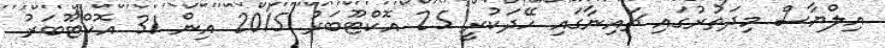
އިލްޔާސް މިދަތުރުގައި ޗައިނާގައި ހޭދަކުރީ 25 އޮކްޓޫބަރު 2015 އިން 31 އޮކްޓޫބަރު